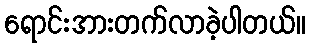
ရောင်းအားတက်လာခဲ့ပါတယ်။